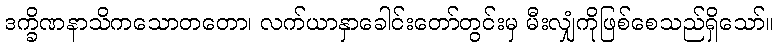
ဒက္ခိဏနာသိကသောတတော၊ လက်ယာနှာခေါင်းတော်တွင်းမှ မီးလျှံကိုဖြစ်စေသည်ရှိသော်။